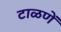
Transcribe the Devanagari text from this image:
टाळणें